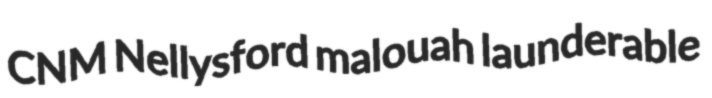
CNM Nellysford malouah launderable